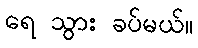
ရေ သွား ခပ်မယ်။